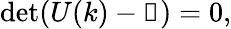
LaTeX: \operatorname*{det}(U(k)-\mathbb{1})=0,